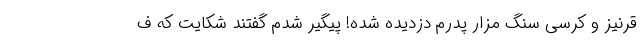
قرنیز و کرسی سنگ مزار پدرم دزدیده شده! پیگیر شدم گفتند شکایت که ف